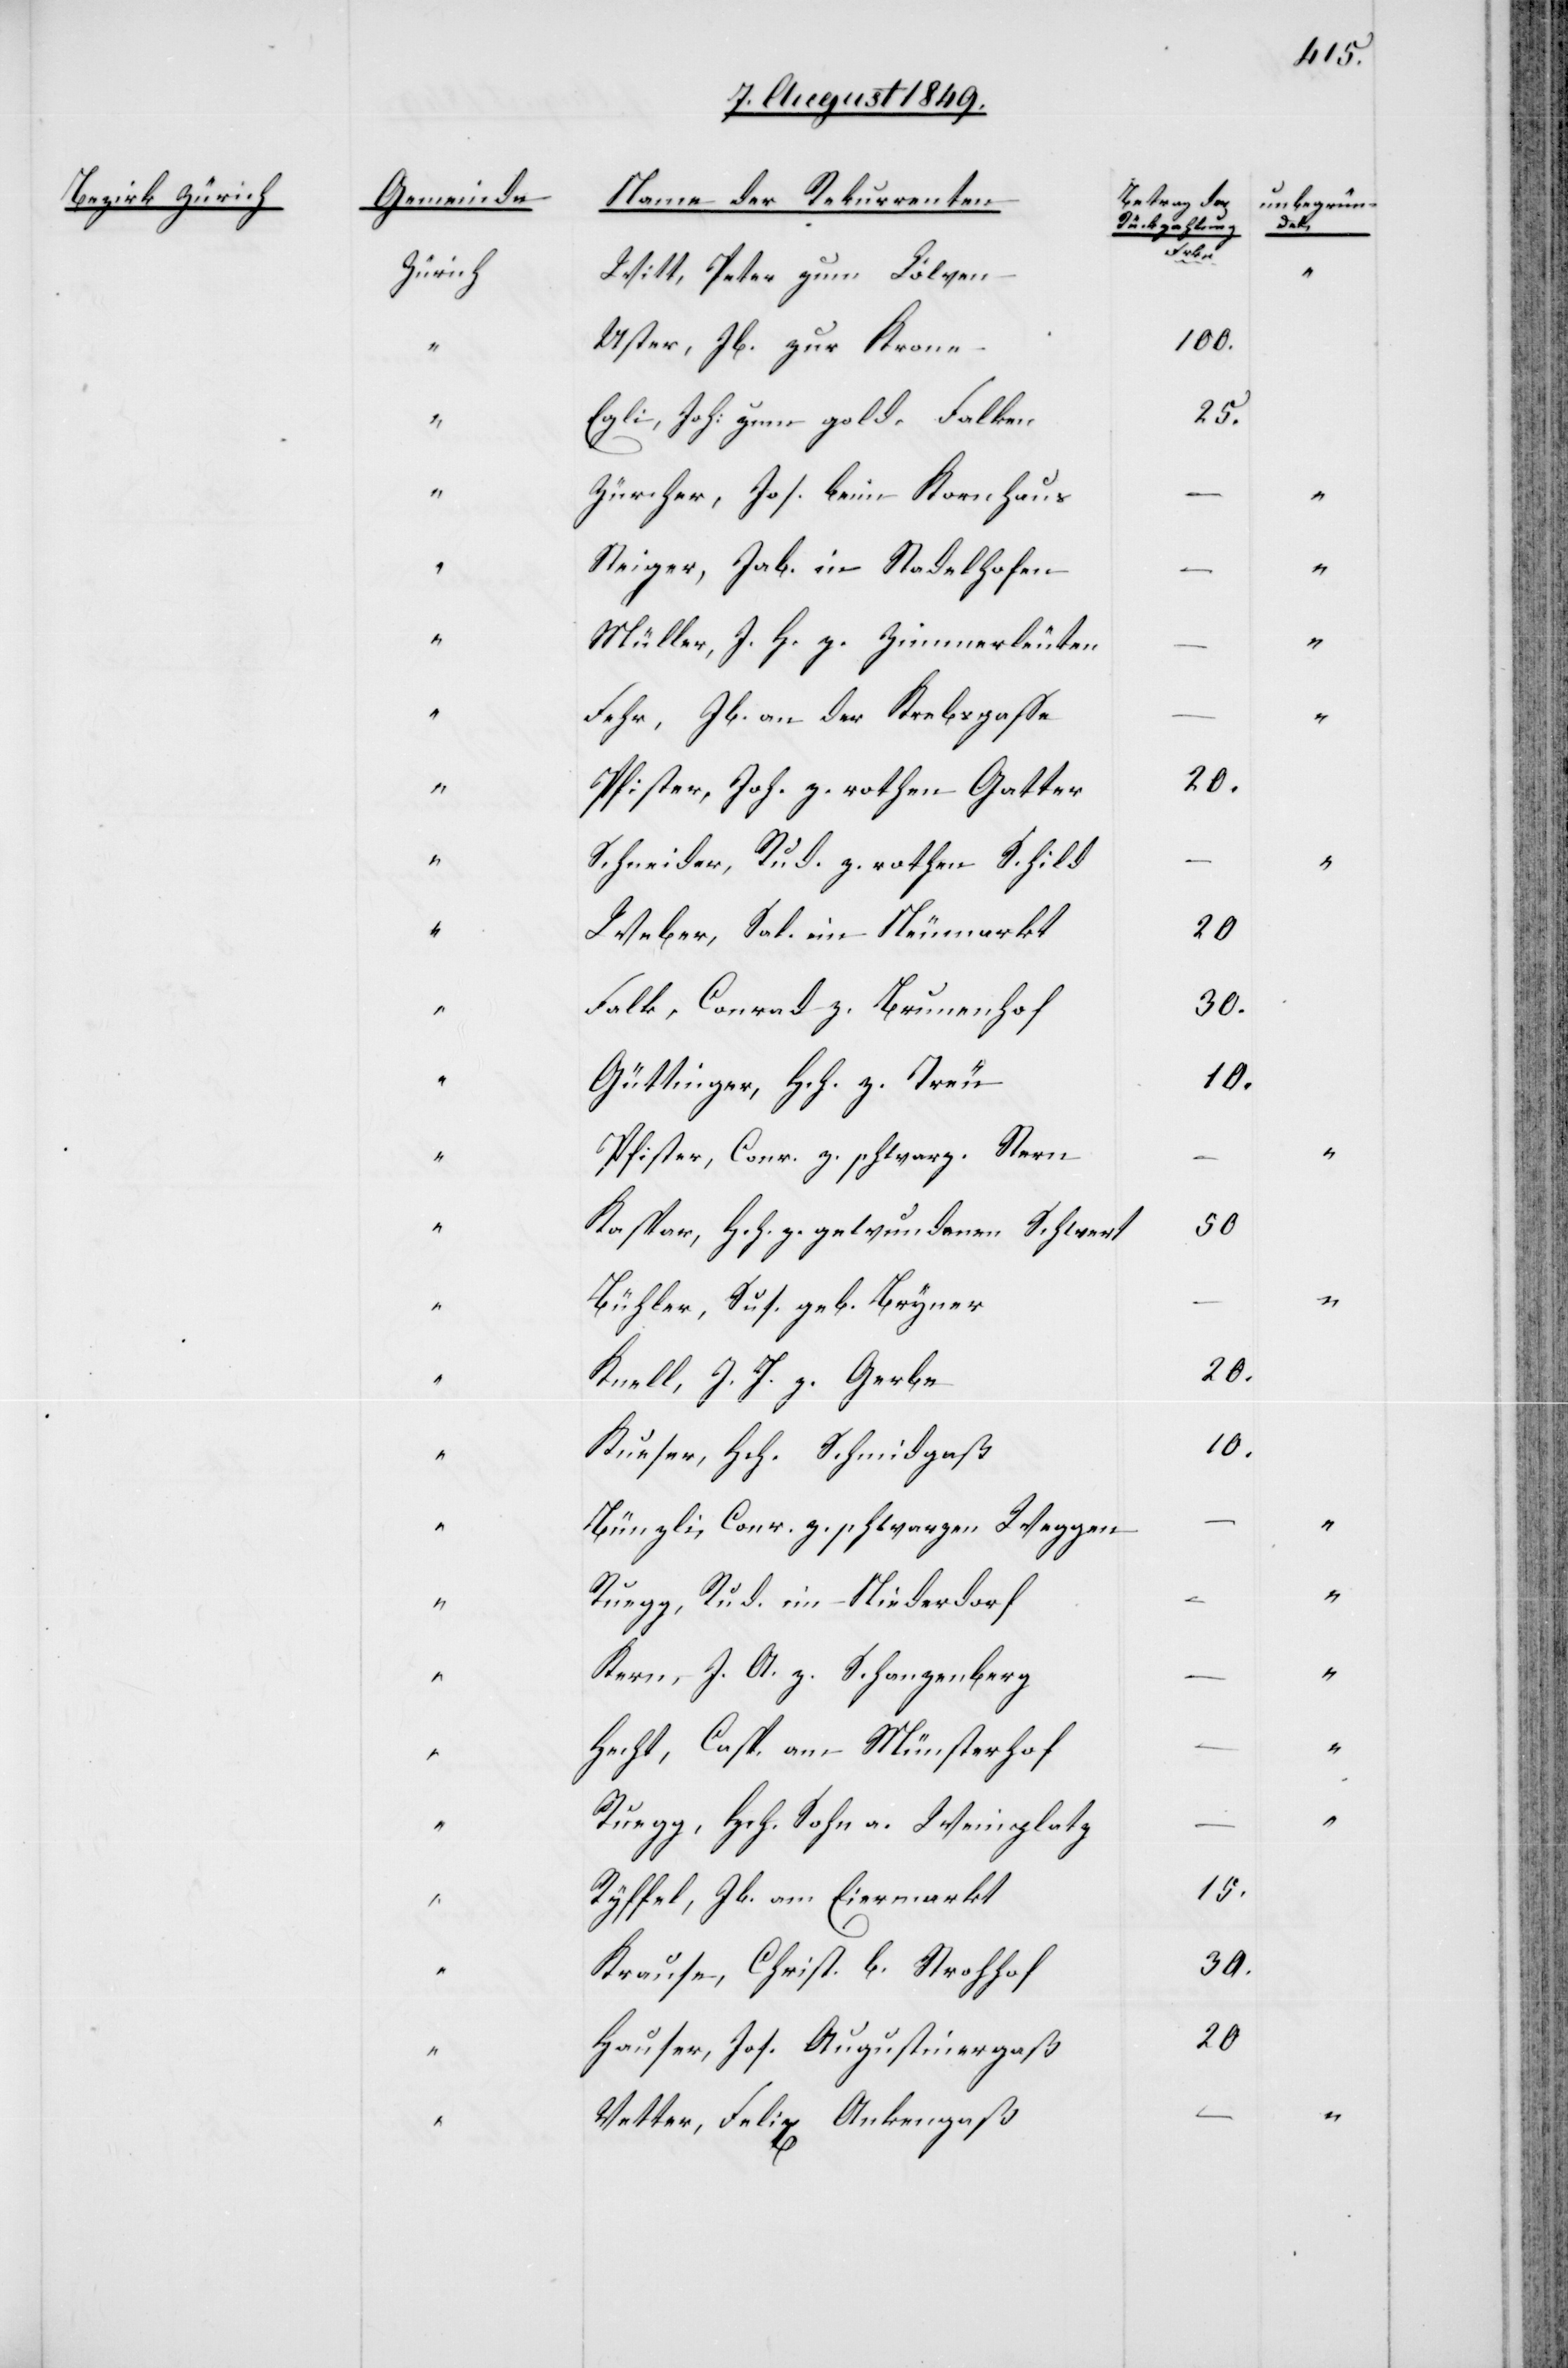
Bezirk Zürich

“
“

Gemeinde
Zürich
..“

Name der Rekurrenten
Witt, Peter zum Lölwen
Uster, Jb. zur Krone
Egli, Joh: zum gold. Falken
Zürcher, Jos. beim Kornhaus
Steiger, Jab. in Stadelhofen
Müller, J. H. z. Zimmerleuten
Fehr, Jb. an der Krebsgasse
Pfister, Joh. zu. rothen Gatter
Schneider, Rud. z. rothen Schild
Weber, Sal. im Neumarkt
Falk, Conrad z. Brunenhof
Güttinger, Hch. z. Treu
Pfister, Conr. z. schwarz. Stern
Kaspar, Hch. z. gewundenen Schwert
Bühler, Sus. geb. Bryner
Knell, J. J. z. Gerbe
Kuefer, Hch. Schmidgaß
Bünzli, Conr. z. schwarzen Wegen
Ruegg, Rud. im Niederdorf
Kern, J. A. z. Schanzenberg
Hecht, Casp. am Münsterhof
Ruegg, Hch. Sohn a. Weinplatz
Ryffel, Jb. am Eiermarkt
Krause, Christ. b. Strohhof
Hauser, Jos. Augustinergaß
Vetter, Felix Ankengaß

15
20
–

Betrag der
Rückzahlung
100.
25.
20.
..“
30.
10.

unbegrün¬
det.

..“